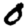
Digit: 0